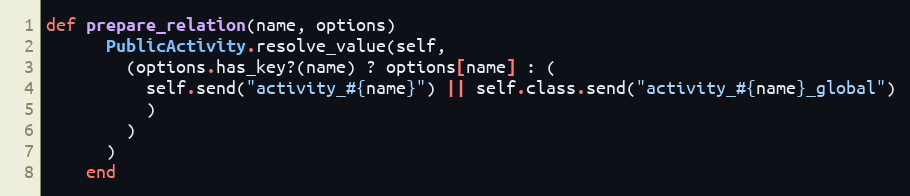
Language: Ruby
def prepare_relation(name, options)
      PublicActivity.resolve_value(self,
        (options.has_key?(name) ? options[name] : (
          self.send("activity_#{name}") || self.class.send("activity_#{name}_global")
          )
        )
      )
    end